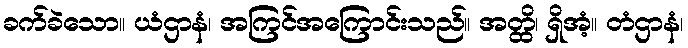
ခက်ခဲသော။ ယံဌာနံ၊ အကြင်အကြောင်းသည်။ အတ္ထိ၊ ရှိအံ့။ တံဌာနံ၊